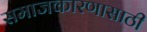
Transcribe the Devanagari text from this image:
समाजकारणासाठी